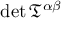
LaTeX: \operatorname* { d e t } { \mathfrak { T } } ^ { \alpha \beta }